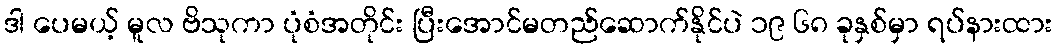
ဒါ ပေမယ့် မူလ ဗိသုကာ ပုံစံအတိုင်း ပြီးအောင်မတည်ဆောက်နိုင်ပဲ ၁၉ ၆၈ ခုနှစ်မှာ ရပ်နားထား